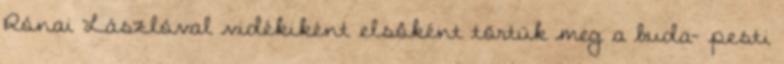
Rónai Lászlóval vidékiként elsôként törtük meg a buda- pesti